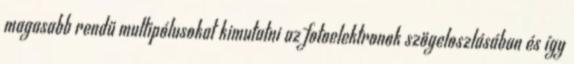
magasabb rendű multipólusokat kimutatni az fotoelektronok szögeloszlásában és így